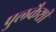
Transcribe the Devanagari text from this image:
पुलकैशी